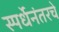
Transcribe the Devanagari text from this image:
स्पर्धेनंतरचे